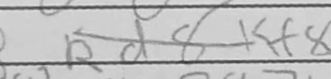
Transcription: Kf8